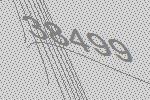
38499